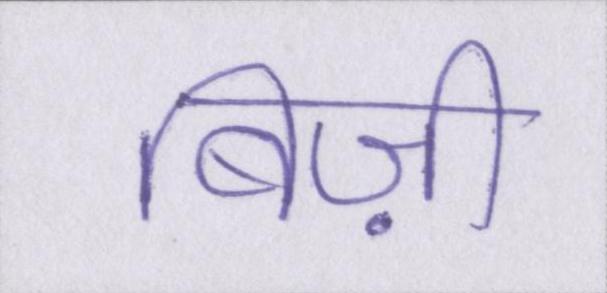
बिज़ी